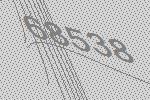
68538